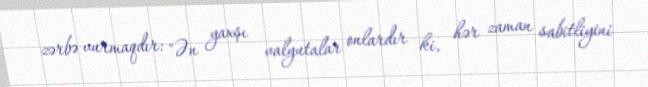
zərbə vurmaqdır: "Ən yaxşı valyutalar onlardır ki, hər zaman sabitliyini